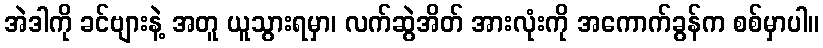
အဲဒါကို ခင်ဗျားနဲ့ အတူ ယူသွားရမှာ၊ လက်ဆွဲအိတ် အားလုံးကို အကောက်ခွန်က စစ်မှာပါ။